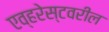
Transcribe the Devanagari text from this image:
एव्हरेस्टवरील